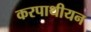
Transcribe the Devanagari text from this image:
करपाथीयन